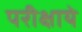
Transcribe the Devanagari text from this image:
परीक्षाये